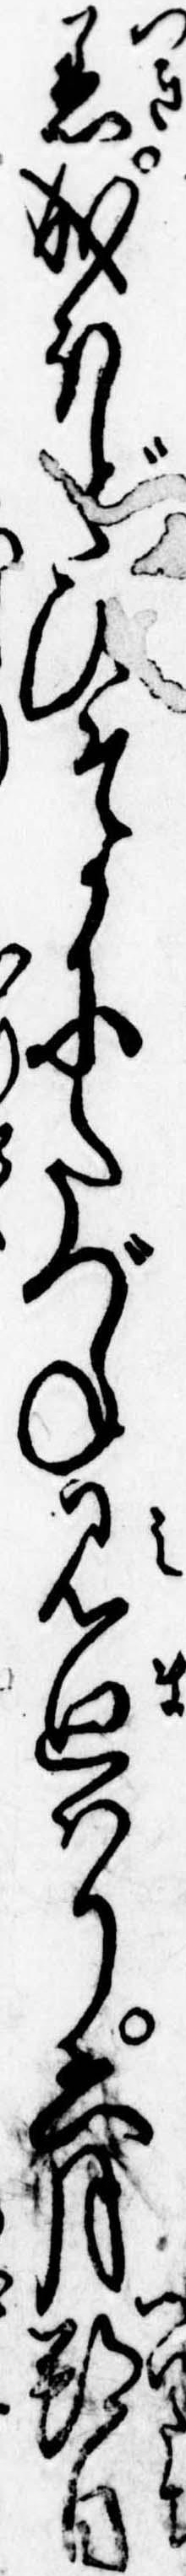
着成ほどひそかにたづね見廻はり六月朔日